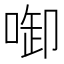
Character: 啣